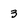
Character: 3